Annual report on the health of the army in India
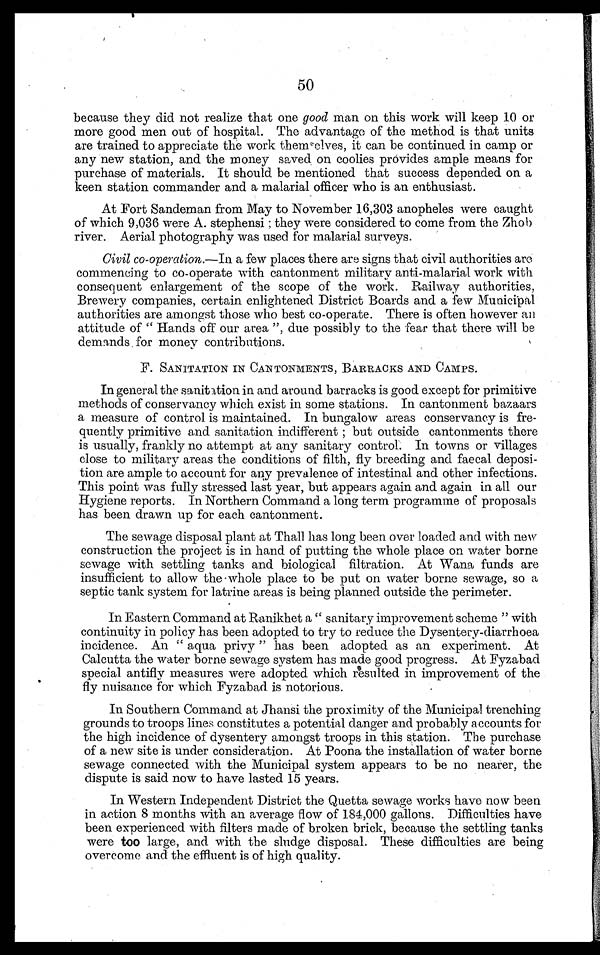
50
because they did not realize that one good man on this work will keep 10 or
more good men out of hospital. The advantage of the method is that units
are trained to appreciate the work themselves, it can be continued in camp or
any new station, and the money saved on coolies provides ample means for
purchase of materials. It should be mentioned that success depended on a
keen station commander and a malarial officer who is an enthusiast.
At Fort Sandeman from May to November 16,303 anopheles were caught
of which 9,036 were A. stephensi ; they were considered to come from the Zhob
river. Aerial photography was used for malarial surveys.
Civil co-operation. —In a few places there are signs that civil authorities are
commencing to co-operate with cantonment military anti-malarial work with
consequent enlargement of the scope of the work. Railway authorities,
Brewery companies, certain enlightened District Boards and a few Municipal
authorities are amongst those who best co-operate. There is often however an
attitude of " Hands off our area ", due possibly to the fear that there will be
demands for money contributions.
F. SANITATION IN CANTONMENTS, BARRACKS AND CAMPS.
In general the sanitation in and around barracks is good except for primitive
methods of conservancy which exist in some stations. In cantonment bazaars
a measure of control is maintained. In bungalow areas conservancy is fre-
quently primitive and sanitation indifferent; but outside cantonments there
is usually, frankly no attempt at any sanitary control. In towns or villages
close to military areas the conditions of filth, fly breeding and faecal deposi-
tion are ample to account for any prevalence of intestinal and other infections.
This point was fully stressed last year, but appears again and again in all our
Hygiene reports. In Northern Command a long term programme of proposals
has been drawn up for each cantonment.
The sewage disposal plant at Thall has long been over loaded and with new
construction the project is in hand of putting the whole place on water borne
sewage with settling tanks and biological filtration. At Wana funds are
insufficient to allow the whole place to be put on water borne sewage, so a
septic tank system for latrine areas is being planned outside the perimeter.
In Eastern Command at Ranikhet a " sanitary improvement scheme " with
continuity in policy has been adopted to try to reduce the Dysentery-diarrhoea
incidence. An " aqua privy " has been adopted as an experiment. At
Calcutta the water borne sewage system has made good progress. At Fyzabad
special antifly measures were adopted which resulted in improvement of the
fly nuisance for which Fyzabad is notorious.
In Southern Command at Jhansi the proximity of the Municipal trenching
grounds to troops lines constitutes a potential danger and probably accounts for
the high incidence of dysentery amongst troops in this station. The purchase
of a new site is under consideration. At Poona the installation of water borne
sewage connected with the Municipal system appears to be no nearer, the
dispute is said now to have lasted 15 years.
In Western Independent District the Quetta sewage works have now been
in action 8 months with an average flow of 184,000 gallons. Difficulties have
been experienced with filters made of broken brick, because the settling tanks
were too large, and with the sludge disposal. These difficulties are being
overcome and the effluent is of high quality.